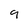
Character: 9